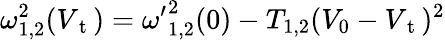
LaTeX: \omega_{1,2}^{2}(V_{\mathrm{~t~}})={\omega^{\prime}}_{1,2}^{2}(0)-T_{1,2}(V_{0}-V_{\mathrm{~t~}})^{2}